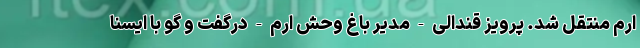
ارم منتقل شد. پرویز قندالی - مدیر باغ وحش ارم - درگفت و گو با ایسنا